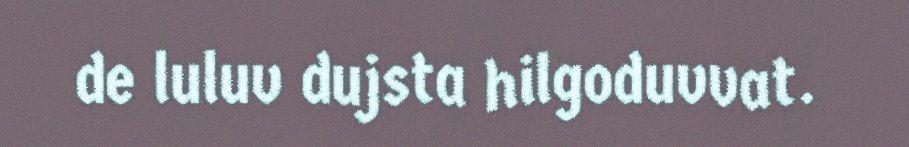
de luluv dujsta hilgoduvvat.